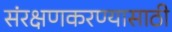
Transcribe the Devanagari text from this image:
संरक्षणकरण्यासाठी